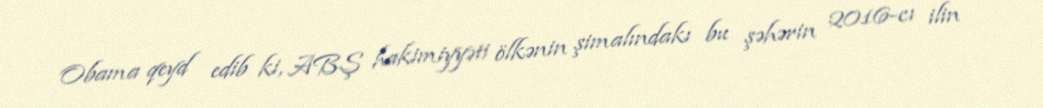
Obama qeyd edib ki, ABŞ hakimiyyəti ölkənin şimalındakı bu şəhərin 2016-cı ilin